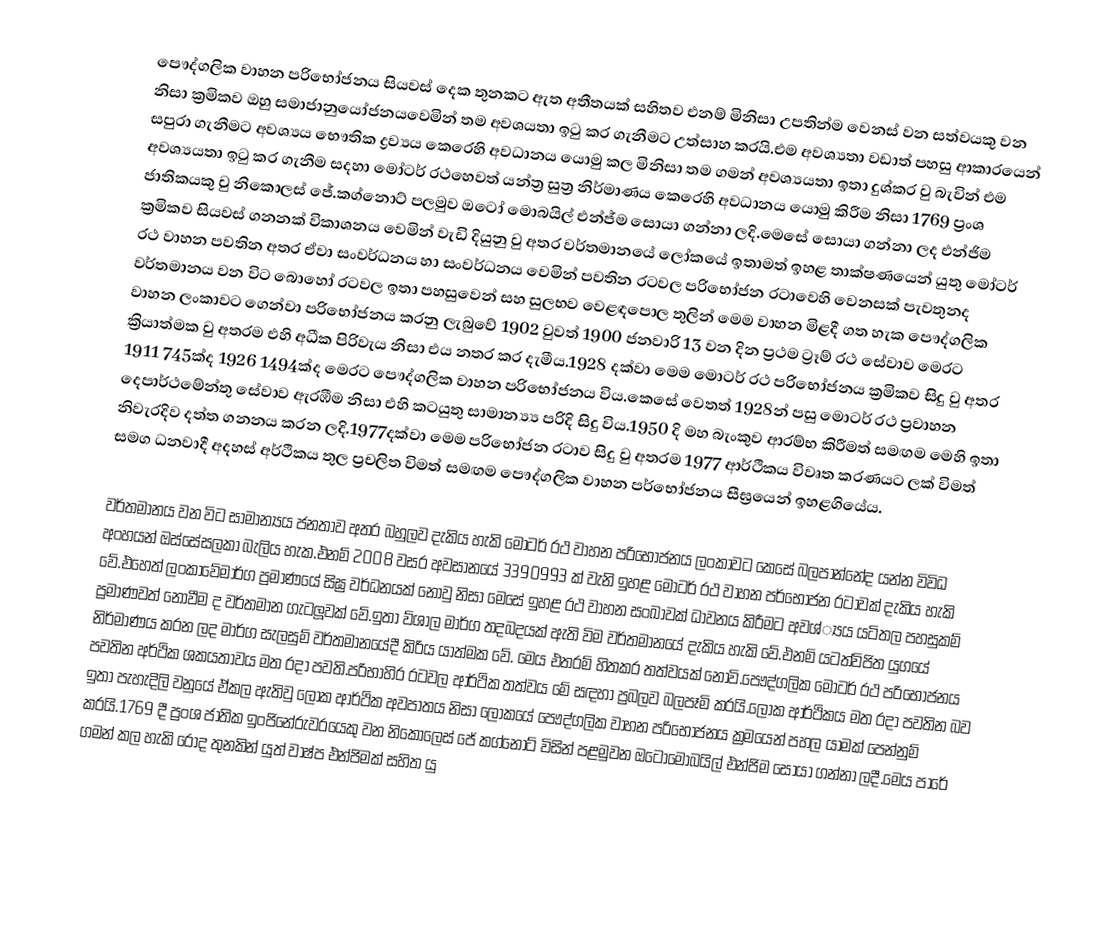
පෞද්ගලික වාහන පරිභෝජනය සියවස් දෙක තුනකට ඇත අතීතයක් සහිතව එනම් මිනිසා උපතින්ම වෙනස් වන සත්වයකු වන නිසා ක්‍රමිකව ඔහු සමාජානුයෝජනයවෙමින් තම අවශයතා ඉටු කර ගැනීමට උත්සාහ කරයි.එම අවශ්‍යතා වඩාත් පහසු ආකාරයෙන් සපුරා ගැනීමට අවශ්‍යය භෞතික ද්‍රව්‍යය කෙරෙහි අවධානය යොමු කල මිනිසා තම ගමන් අවශ්‍යයතා ඉතා දුශ්කර වු බැවින් එම අවශ්‍යයතා ඉටු කර ගැනීම සදහා මෝටර් රථහෙවත් යන්ත්‍ර සුත්‍ර නිර්මාණය කෙරෙහි අවධානය යොමු කිරීම නිසා 1769 ප්‍රංශ ජාතිකයකු වු නිකොලස් ජේ.කග්නොට් පලමුව ඔටෝ මොබයිල් එන්ජ්ම සොයා ගන්නා ලදි.මෙසේ සොයා ගන්නා ලද එන්ජිම ක්‍රමිකව සියවස් ගනනක් විකාශනය වෙමින් වැඩි දියුනු වු අතර වර්තමානයේ ලෝකයේ ඉතාමත් ඉහළ තාක්ෂණයෙන් යුතු මෝටර් රථ වාහන පවතින අතර ඒවා සංවර්ධනය හා සංවර්ධනය වෙමින් පවතින රටවල පරිභෝජන රටාවෙහි වෙනසක් පැවතුනද වර්තමානය  වන විට බොහෝ රටවල ඉතා පහසුවෙන් සහ සුලභව වෙළඳපොල තුලින් මෙම වාහන මිළදී ගත හැක පෞද්ගලික වාහන  ලංකාවට ගෙන්වා පරිභෝජනය කරනු ලැබුවේ 1902 වුවත් 1900 ජනවාරි 13 වන දින ප්‍රථම ට්‍රෑම් රථ සේවාව මෙරට ක්‍රියාත්මක වු අතරම එහි අධීක පිරිවැය නිසා එය නතර කර දැමීය.1928 දක්වා මෙම මොටර් රථ පරිභෝජනය ක්‍රමිකව සිදු වු අතර 1911 745ක්ද 1926 1494ක්ද මෙරට පෞද්ගලික වාහන පරිභෝජනය විය.කෙසේ වෙතත් 1928න් පසු මොටර් රථ ප්‍රවාහන දෙපාර්ථමේන්තු සේවාව ඇරඹීම නිසා එහි කටයුතු සාමාන්‍ය්‍ය පරිදි සිදු විය.1950 දි මහ බැංකුව ආරම්භ කිරීමත් සමඟම මෙහි ඉතා නිවැරදිව දත්ත ගනනය කරන ලදි.1977දක්වා මෙම පරිභෝජන රටාව සිදු වු අතරම 1977 ආර්ථිකය විවෘත කරණයට ලක් විමත් සමග ධනවාදී අදහස් අර්ථිකය තුල ප්‍රචලිත විමත් සමඟම පෞද්ගලික වාහන පර්භෝජනය සීඝ්‍රයෙන් ඉහළගියේය.

වර්තමානය වන විට සාමාන්‍යය  ජනතාව අතර බහුලව දැකිය හැකි මෝටර් රථ වාහන පරිභෝජනය ලංකාවට කෙසේ බලපාන්නේද යන්න විවිධ අංහයන් ඔස්සේසලකා බැලිය හැක.එනම් 2008 වසර අවසානයේ 3390993 ක් වැනි ඉහළ මෝටර් රථ වාහන පර්භෝජන රටාවක් දැකිය හැකි වේ.එහෙත් ලංකාවේමාර්ග ප්‍රමාණයේ සිඝ්‍ර වර්ධනයක් නොවු නිසා මෙසේ ඉහළ රථ වාහන සංඛාවක් ධාවනය කිරීමට අවශ්‍‍්‍යය‍ යටිතල පහසුකම් ප්‍රමාණවත් නොවීම ද වර්තමාන ගැටලූවක් වේ.ඉතා ව්ශාල මාර්ග තදබදයක් ඇති විම වර්තමානයේ දැකිය හැකි වේ.එනම් යටත්විජිත යුගයේ නිර්මාණය කරන ලද මාර්ග සැලසුම් වර්තමානයේදී කිරිය යාත්මක වේ. මෙය එතරම් හිතකර තත්වයක් නොවි.පෞද්ගලික මොටර් රථ පරිභෝජනය පවතින අර්ථික ශකයතාවය මත රදා පවති.පරිභාහිර රටවල ආර්ථික තත්වය මේ සඳහා ප්‍රබලව බලපෑමි කරයි.ලෝක ආර්ථිකය මත රදා පවතින බව ඉතා පැහැදිලි වනුයේ ඒකල  ඇතිවු ලෝක ආර්ථික අවපාතය නිසා ලෝකයේ පෞද්ගලික වාහන පරිභෝජනය ක්‍රමයෙන් පහල යාමක් පෙන්නුම් කරයි.1769 දී ප්‍රංශ ජාතික ඉංජිනේරුවරයෙකු වන නිකොලෙස් ජේ කග්නොට් විසින් පළමුවන ඔටෝමොබයිල් එන්ජිම සොයා ගන්නා ලදී.මෙය පාරේ ගමන් කල හැකි රෝද තුනකින් යුත් වාෂ්ප එන්ජිමක් සහිත යු